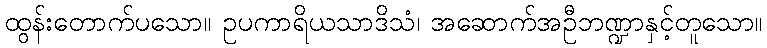
ထွန်းတောက်ပသော။ ဥပကာရိယသာဒိသံ၊ အဆောက်အဦဘဏ္ဍာနှင့်တူသော။